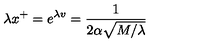
\lambda x ^ { + } = e ^ { \lambda v } = \frac { 1 } { 2 \alpha \sqrt { M / \lambda } }